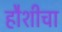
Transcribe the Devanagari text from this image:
हौशीचा